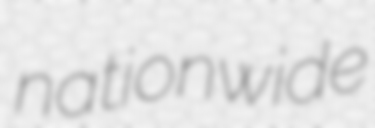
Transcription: nationwide